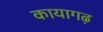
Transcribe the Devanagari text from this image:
कायागढ़